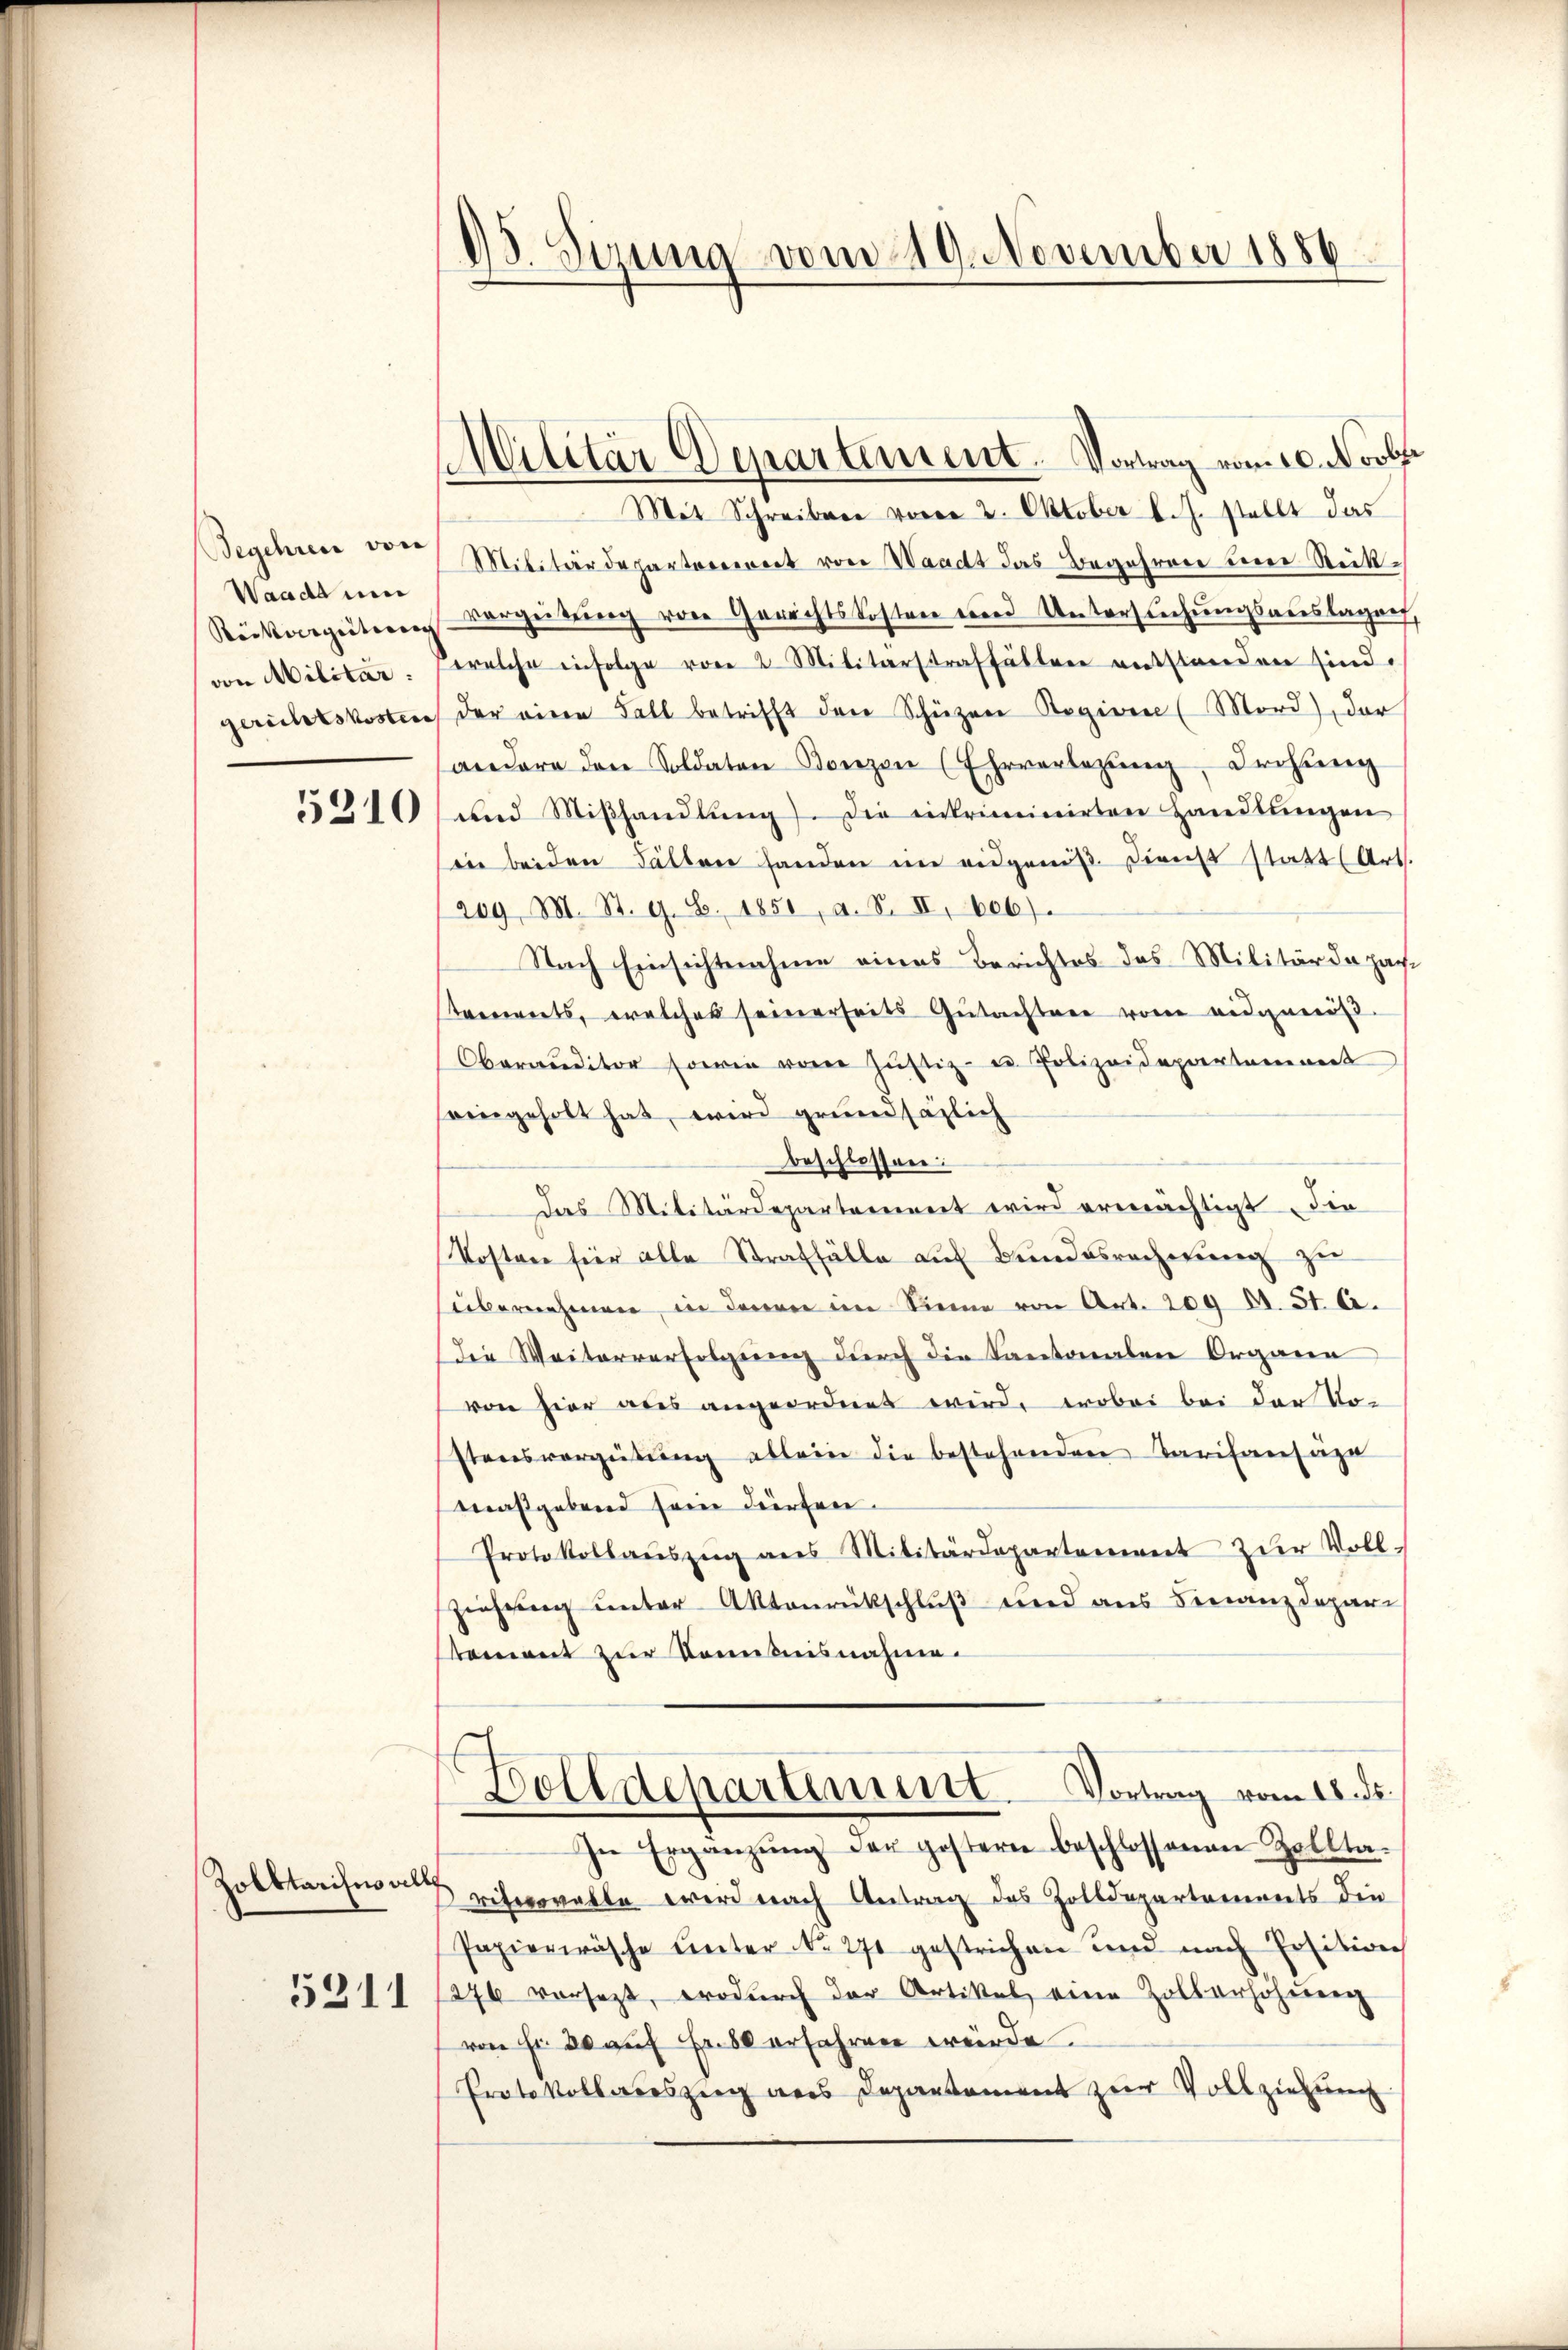
Waadt mir
Rinterzeitung |
gerichtskosten

5310

Zolbtarises alle
5311

15. Jena vom 219. November 1886

Militär-Departement. Vortrag vom 10. Novbr

Mit Schreiben vom 2. Oktober l. J. stellt das
Begehren von Militärdepartement von Waadt das Begehren um Rückvorgeitung von Gerichtskosten einer Untersuchungsauslagen
von Militär. welche infolge von 2 Militärstraffällen entstanden sind.
der eine Fall betrifft den Schüzen Regiere (Mord) der
andere den Soldaten Konzen (Ehrverlegung, Drohung
und Miβhandlŭng. Die einkriminirten Handlŭngen
in beiden Fällen handen im eidgenöβ. Dienst statt (Art.
209, M. St. G. S. 1851, a. S. II, eb
Nach Einsichtnahme eines Berichtes das Militärdepartrements, welches seinerseits Gutachter von eidgenöß
Oberanditor sowie von Justiz- u. Polizeidepartement
seingeholt hat, wird grundsätzlich
beschlossen:
Das Militärdepartement wird ermächtigt die
Kosten für alle Straffälle auf Bundesrechnung zu
übernehmen, in denen im Sinne von Art. 209 Al. 51. A.
Die Weiterverfolgung durch die Kantonalen Organe
von hier aus angeordnet wird, wobei bei der Vostens vergütŭng allein die bestehenden Tarifanfüge
maßgebend sein dürfen.
Protokollaŭszŭg ans Militärdepartement zŭr Voll-
ziehung unter Aktenrückschluß und aus Finanzdepari
tement zur Kenntnisnahme.
Bolldeparteiert. Vortrag vom 18. ds.
In Ergänzŭng der gestern beschlossenen Zollta-
rchovalle wird nach Antrag des Zolldepartements die
Papierwäsche unter No. 270 gestrichen und nach Ersition
276 vorsezt, wodŭrch der Artikel eine Zollerhöhung
von Fr. 20 auf Fr. 80 erfahren würde.
Protokollauszug aus Departament zur Vollziehŭng